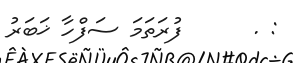
: .      ފުރަތަމަ ސަފްހާ ޚަބަރު